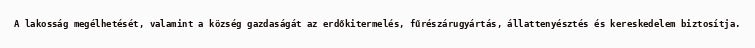
A lakosság megélhetését, valamint a község gazdaságát az erdőkitermelés, fűrészárugyártás, állattenyésztés és kereskedelem biztosítja.